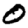
Digit: 0